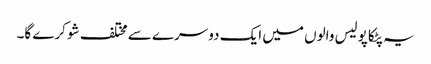
یہ پٹکا پولیس والوں میں ایک دوسرے سے مختلف شو کرے گا۔